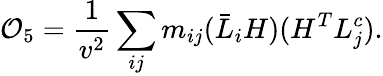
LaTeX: {\cal O}_{5}=\frac{1}{v^{2}}\sum_{ij}m_{ij}(\bar{L}_{i}H)(H^{T}L_{j}^{c}).